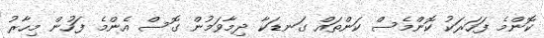
ކޮންމެ ފަހަރަކު ކޮންމެސް ކަންތައް ގަނޑަކާ ދިމާވަމުން ގޮސް އެންމެ ފަހުން މިހާރު